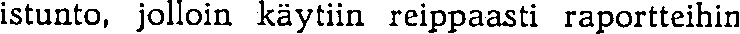
istunto, jolloin käytiin reippaasti raportteihin